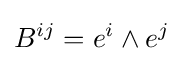
B^{ij}=e^{i}\wedge e^{j}